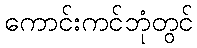
ကောင်းကင်ဘုံတွင်